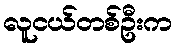
လူငယ်တစ်ဦးက